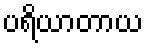
ပရိယာတာယ